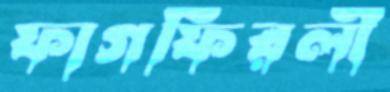
ফাগফিরলী